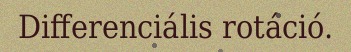
Differenciális rotáció.